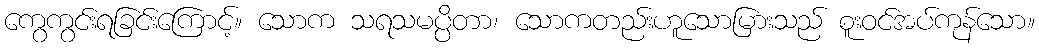
ကွေကွင်းရခြင်းကြောင့်။ သောက သရသမပ္ပိတာ၊ သောကတည်းဟူသောမြားသည် စူးဝင်အပ်ကုန်သော။